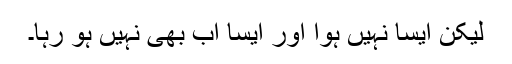
لیکن ایسا نہیں ہوا اور ایسا اب بھی نہیں ہو رہا۔